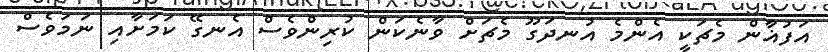
އަފުޣާން މެޗަކީ އެންމެ އުނދަގޫ މެޗަށް ވާނެކަން ކުރިންވެސް އެނގޭ ކަމަށާއި ނަމަވެސް